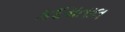
કદમતાલ